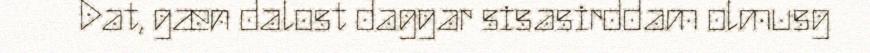
Dat, gæn dalost daggar sisasirddam olmusg